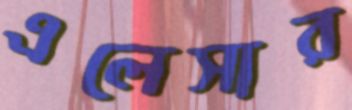
এলেসার